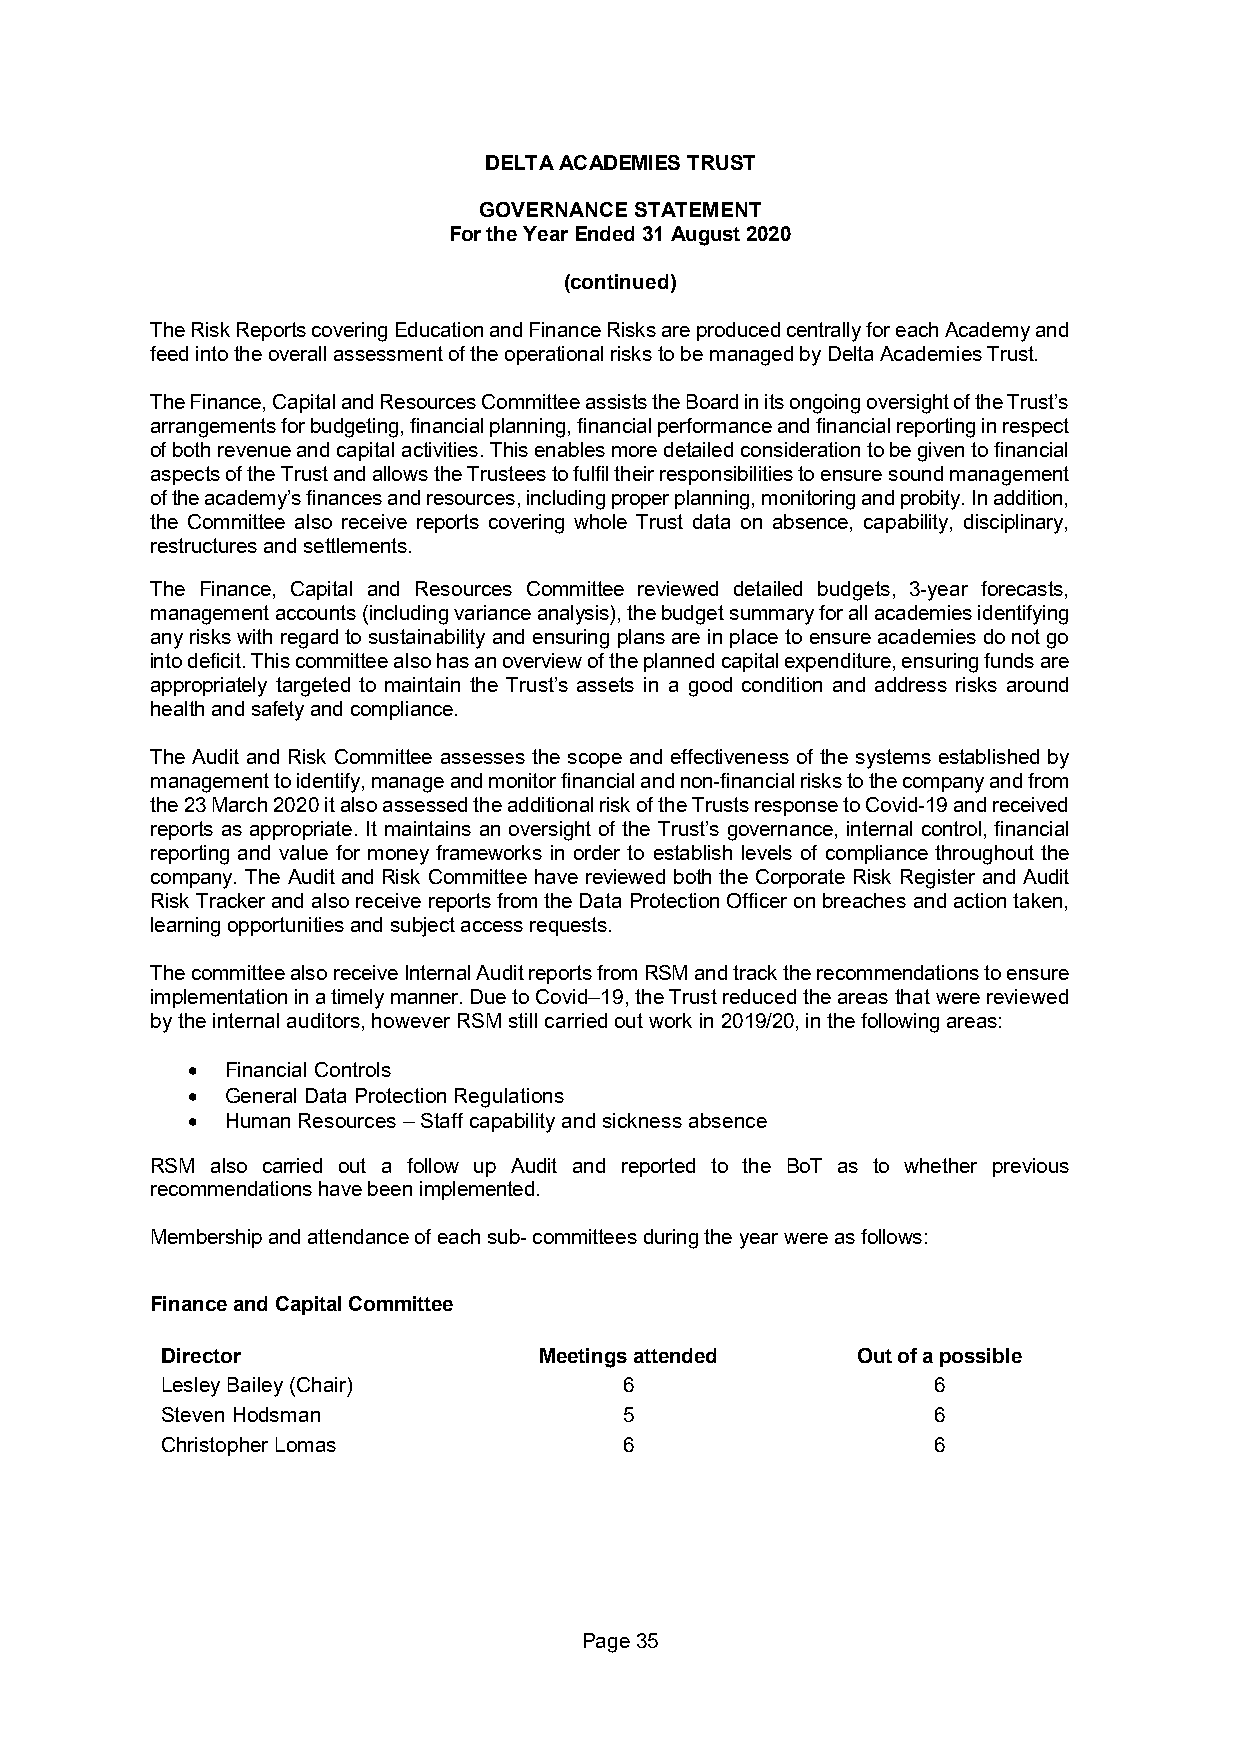
DELTA ACADEMIES TRUST
 GOVERNANCE STATEMENT
 For the Year Ended 31 August 2020
 (continued)
 The Risk Reports covering Education and Finance Risks are produced centrally for each Academy and
 feed into the overall assessment of the operational risks to be managed by Delta Academies Trust.
 The Finance, Capital and Resources Committee assists the Board in its ongoing oversight of the Trust’s
 arrangements for budgeting, financial planning, financial performance and financial reporting in respect
 of both revenue and capital activities. This enables more detailed consideration to be given to financial
 aspects of the Trust and allows the Trustees to fulfil their responsibilities to ensure sound management
 of the academy’s finances and resources, including proper planning, monitoring and probity. In addition,
 the Committee also receive reports covering whole Trust data on absence, capability, disciplinary,
 restructures and settlements.
 The Finance, Capital and Resources Committee reviewed detailed budgets, 3-year forecasts,
 management accounts (including variance analysis), the budget summary for all academies identifying
 any risks with regard to sustainability and ensuring plans are in place to ensure academies do not go
 into deficit. This committee also has an overview of the planned capital expenditure, ensuring funds are
 appropriately targeted to maintain the Trust’s assets in a good condition and address risks around
 health and safety and compliance.
 The Audit and Risk Committee assesses the scope and effectiveness of the systems established by
 management to identify, manage and monitor financial and non-financial risks to the company and from
 the 23 March 2020 it also assessed the additional risk of the Trusts response to Covid-19 and received
 reports as appropriate. It maintains an oversight of the Trust’s governance, internal control, financial
 reporting and value for money frameworks in order to establish levels of compliance throughout the
 company. The Audit and Risk Committee have reviewed both the Corporate Risk Register and Audit
 Risk Tracker and also receive reports from the Data Protection Officer on breaches and action taken,
 learning opportunities and subject access requests.
 The committee also receive Internal Audit reports from RSM and track the recommendations to ensure
 implementation in a timely manner. Due to Covid–19, the Trust reduced the areas that were reviewed
 by the internal auditors, however RSM still carried out work in 2019/20, in the following areas:
   Financial Controls
   General Data Protection Regulations
   Human Resources – Staff capability and sickness absence
 RSM also carried out a follow up Audit and reported to the BoT as to whether previous
 recommendations have been implemented.
 Membership and attendance of each sub- committees during the year were as follows:
 Finance and Capital Committee
 Director                 Meetings attended    Out of a possible
 Lesley Bailey (Chair)         6                    6
 Steven Hodsman                5                    6
 Christopher Lomas             6                    6
 Page 35